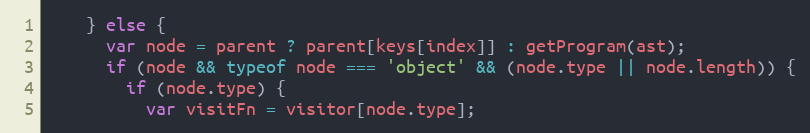
Language: JavaScript
    } else {
      var node = parent ? parent[keys[index]] : getProgram(ast);
      if (node && typeof node === 'object' && (node.type || node.length)) {
        if (node.type) {
          var visitFn = visitor[node.type];